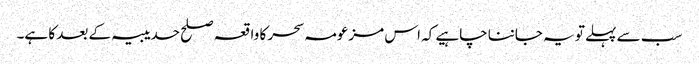
سب سے پہلے تو یہ جاننا چاہیے کہ اس مزعومہ سحر کا واقعہ صلح حدیبیہ کے بعد کا ہے۔